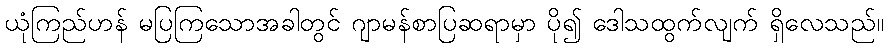
ယုံကြည်ဟန် မပြကြသောအခါတွင် ဂျာမန်စာပြဆရာမှာ ပို၍ ဒေါသထွက်လျက် ရှိလေသည်။